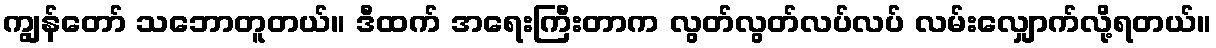
ကျွန်တော် သဘောတူတယ်။ ဒီထက် အရေးကြီးတာက လွတ်လွတ်လပ်လပ် လမ်းလျှောက်လို့ရတယ်။